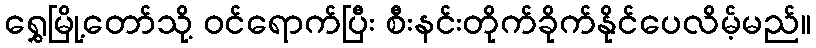
ရွှေမြို့တော်သို့ ဝင်ရောက်ပြီး စီးနင်းတိုက်ခိုက်နိုင်ပေလိမ့်မည်။